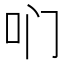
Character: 𫩖